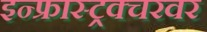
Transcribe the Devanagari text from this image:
इन्फ्रास्ट्रक्चरवर